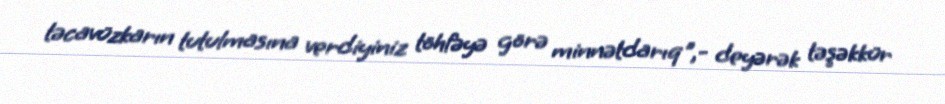
təcavüzkarın tutulmasına verdiyiniz töhfəyə görə minnətdarıq",- deyərək təşəkkür